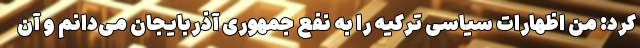
کرد: من اظهارات سیاسی ترکیه را به نفع جمهوری آذربایجان می‌دانم و آن